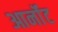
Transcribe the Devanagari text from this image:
आर्नॉट